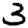
Digit: 3